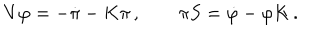
V \varphi = - \dot { \pi } - K \pi \, , \qquad \pi S = \dot { \varphi } - \varphi K \, .